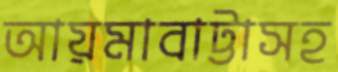
আয়মাবাট্টাসহ